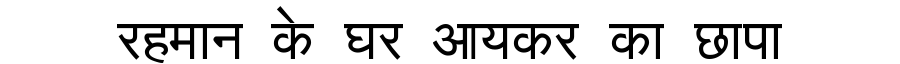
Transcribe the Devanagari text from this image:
रहमान के घर आयकर का छापा